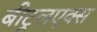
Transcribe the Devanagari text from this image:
बीट्रलएक्स